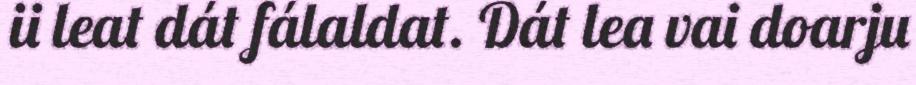
ii leat dát fálaldat. Dát lea vai doarju